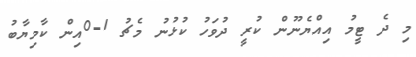
މި ދެ ޓީމު އިއްޔެނޫން ކުރީ ދުވަހު ކުޅުނު މެޗު 1-0އިން ކާމިޔާބު